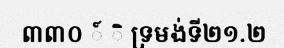
៣៣០ ៍ ិ ទ្រមង់ទី២១.២